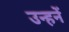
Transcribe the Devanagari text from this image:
उन्हनें